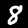
Label: 8